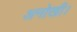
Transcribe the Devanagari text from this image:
अनोखी।